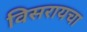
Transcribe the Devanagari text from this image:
विसरायचा